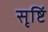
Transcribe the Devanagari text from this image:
सृष्टिं